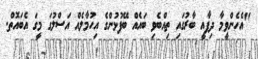
"އެހެންވީމާ ދިފާއީ ބާރުގައި ތިއްބެވި ބައެއް ބޭފުޅުންގެ އިހުމާލެއް އަސްލުގަ މީގަ އެބައޮތް.